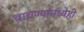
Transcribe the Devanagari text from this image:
चाचण्यांमध्येही